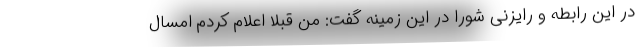
در این رابطه و رایزنی شورا در این زمینه گفت: من قبلا اعلام کردم امسال